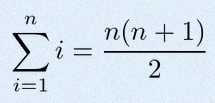
\sum_{i=1}^{n}i=\frac{n(n+1)}2